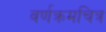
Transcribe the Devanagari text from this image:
वर्णक्रमचित्र